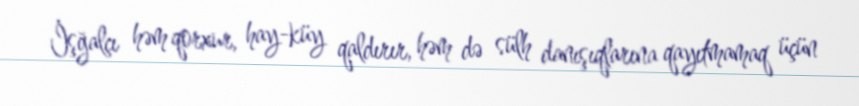
İşğalçı həm qorxur, hay-küy qaldırır, həm də sülh danışıqlarına qayıtmamaq üçün